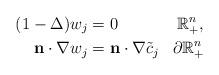
LaTeX: \begin{align*}(1-\Delta)w_j &= 0\;\;\;\;\;\;\;\;\;\;\;\;\:\mathbb{R}^n_+, \\\mathbf{n}\cdot\nabla w_j &= \mathbf{n}\cdot\nabla \tilde{c}_j\;\;\;\partial\mathbb{R}^n_+\end{align*}